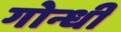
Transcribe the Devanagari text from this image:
गोन्धी